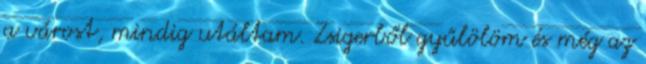
a várost, mindig utáltam. Zsigerből gyűlölöm és még az